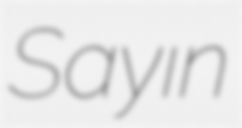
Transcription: Sayın